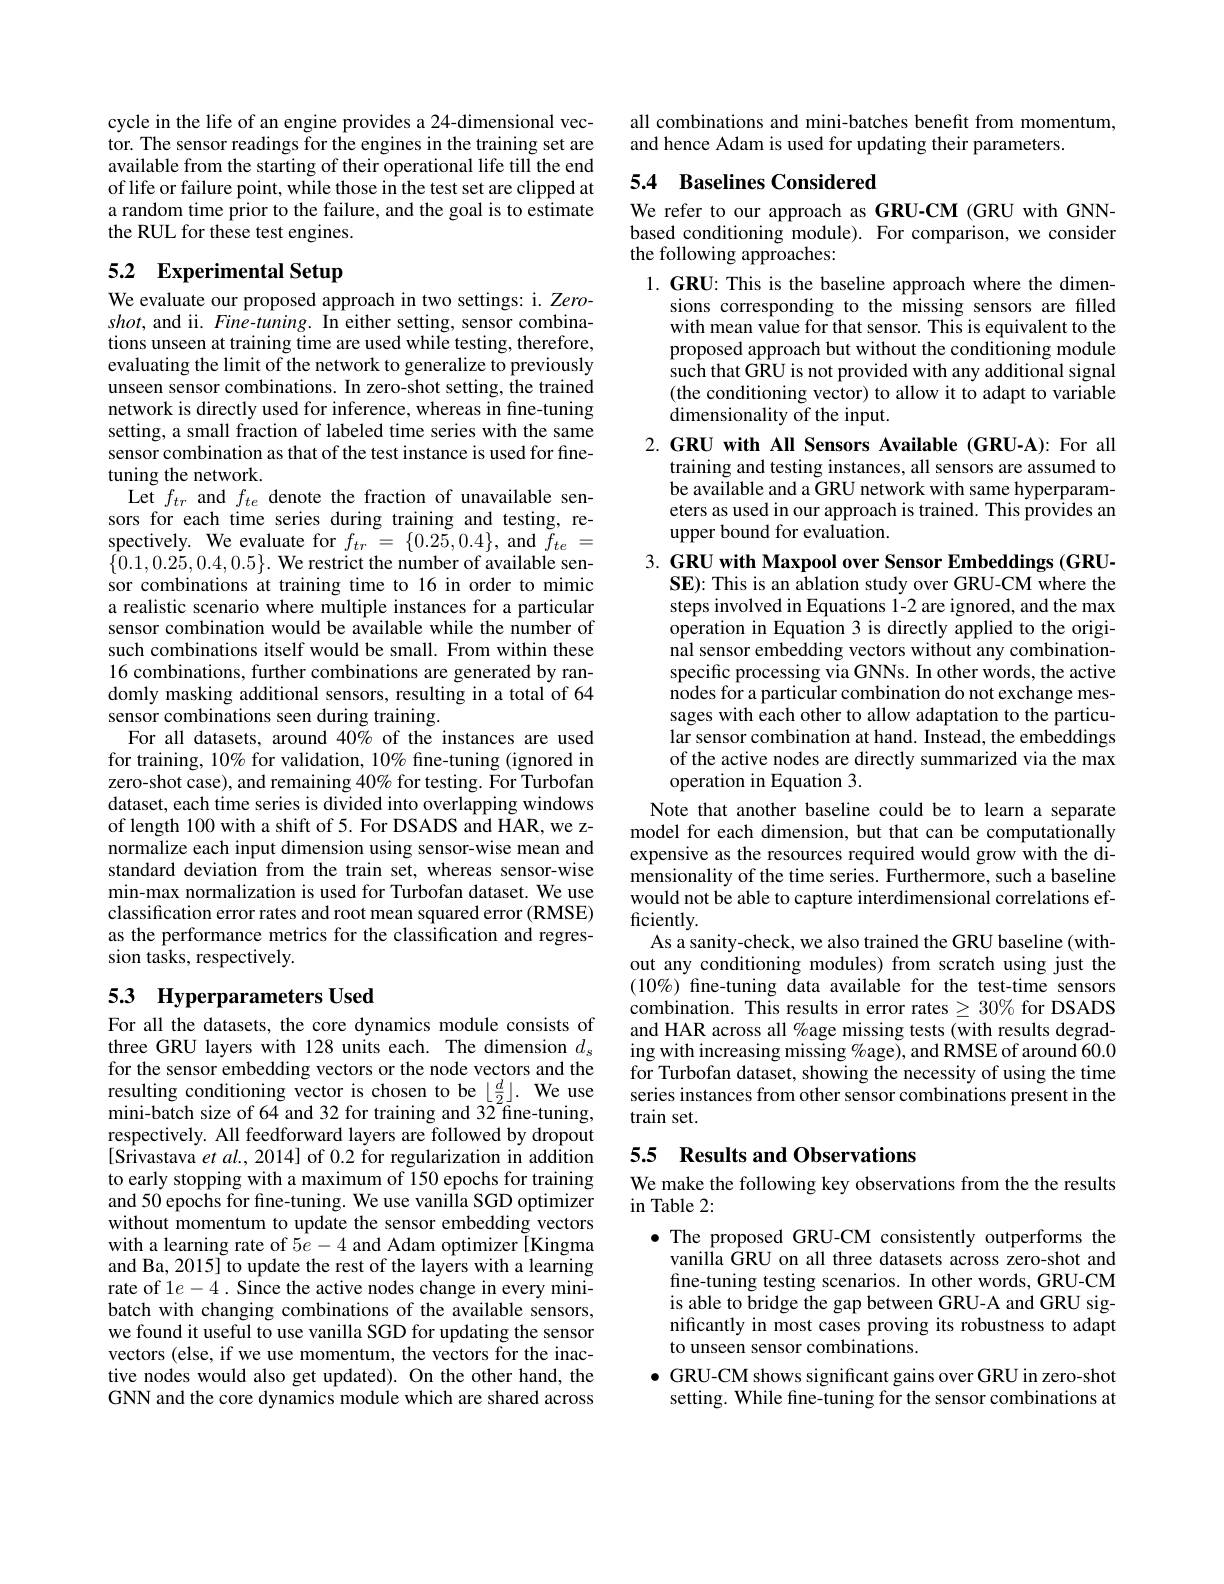
cycle in the life of an engine provides a 24-dimensional vector. The sensor readings for the engines in the training set are available from the starting of their operational life till the end of life or failure point, while those in the test set are clipped at a random time prior to the failure, and the goal is to estimate the RUL for these test engines.

# 5.2 Experimental Setup

We evaluate our proposed approach in two settings: i. Zero- $shot$, and ii. $Fine-tuning.$ In either setting, sensor combinations unseen at training time are used while testing, therefore, evaluating the limit of the network to generalize to previously unseen sensor combinations. In zero-shot setting, the trained network is directly used for inference, whereas in fine-tuning setting, a small fraction of labeled time series with the same sensor combination as that of the test instance is used for finetuning the network.
Let $f_{tr}$ and $f_{te}$ denote the fraction of unavailable sensors for each time series during training and testing, respectively. We evaluate for $f_{tr}=\{0.25,0.4\}$, and $f_{te}=$ $\{0.1,0.25,0.4,0.5\}.$ We restrict the number of available sensor combinations at training time to 16 in order to mimic a realistic scenario where multiple instances for a particular sensor combination would be available while the number of such combinations itself would be small. From within these 16 combinations, further combinations are generated by randomly masking additional sensors, resulting in a total of 64 sensor combinations seen during training.
For all datasets, around 40% of the instances are used for training, 10% for validation, 10% fine-tuning (ignored in zero-shot case), and remaining 40% for testing. For Turbofan dataset, each time series is divided into overlapping windows of length 100 with a shift of 5. For DSADS and HAR, we znormalize each input dimension using sensor-wise mean and standard deviation from the train set, whereas sensor-wise min-max normalization is used for Turbofan dataset. We use classification error rates and root mean squared error (RMSE) as the performance metrics for the classification and regression tasks, respectively.

# 53 Hyperparameters Used

For all the datasets, the core dynamics module consists of three GRU layers with 128 units each. The dimension $d_s$ for the sensor embedding vectors or the node vectors and the $\begin{array}{l}\text{resulting conditioning vector is chosen to be }\lfloor\frac{d}{2}\rfloor.&\mathrm{We~use}\\\text{mini-batch size of 64 and 32 for training and 32 fine-tuning,}\end{array}$ respectively. All feedforward layers are followed by dropout [Srivastava $et\textit{al. , 2014] of 0. 2 for regularization in addition}$ to early stopping with a maximum of 150 epochs for training and 50 epochs for fine-tuning. We use vanilla SGD optimizer without momentum to update the sensor embedding vectors with a learning rate of $5e-4$ and Adam optimizer[Kingma and Ba, 2015] to update the rest of the layers with a learning rate of $1e-4.$ Since the active nodes change in every minibatch with changing combinations of the available sensors, we found it useful to use vanilla SGD for updating the sensor vectors (else, if we use momentum, the vectors for the inactive nodes would also get updated). On the other hand, the GNN and the core dynamics module which are shared across

all combinations and mini-batches benefit from momentum,
and hence Adam is used for updating their parameters.

## 5.4 Baselines Considered

We refer to our approach as GRU-CM (GRU with GNNbased conditioning module). For comparison, we consider the following approaches:

1. GRU: This is the baseline approach where the dimen-
sions corresponding to the missing sensors are filled with mean value for that sensor. This is equivalent to the proposed approach but without the conditioning module such that GRU is not provided with any additional signal (the conditioning vector) to allow it to adapt to variable dimensionality of the input.

2.GRU with All Sensors Available (GRU-A): For all
training and testing instances, all sensors are assumed to be available and a GRU network with same hyperparameters as used in our approach is trained. This provides an upper bound for evaluation.

3. GRU with Maxpool over Sensor Embeddings (GRU-

SE): This is an ablation study over GRU-CM where the

steps involved in Equations 1-2 are ignored, and the max

operation in Equation 3 is directly applied to the origi-

nal sensor embedding vectors without any combination-

specific processing via GNNs. In other words, the active

nodes for a particular combination do not exchange mes-

sages with each other to allow adaptation to the particu-

lar sensor combination at hand. Instead, the embeddings

of the active nodes are directly summarized via the max

operation in Equation 3.
Note that another baseline could be to learn a separate model for each dimension, but that can be computationally expensive as the resources required would grow with the dimensionality of the time series. Furthermore, such a baseline would not be able to capture interdimensional correlations efficiently.
As a sanity-check, we also trained the GRU baseline (without any conditioning modules) from scratch using just the (10%) fine-tuning data available for the test-time sensors combination. This results in error rates $\geq30\%$ for DSADS and HAR across all %age missing tests (with results degrading with increasing missing %age), and RMSE of around 60.0 for Turbofan dataset, showing the necessity of using the time series instances from other sensor combinations present in the train set.

## 5.5 Results and Observations

We make the following key observations from the the results
$\operatorname{in}$ Table 2:

$\bullet$ The proposed GRU-CM consistently outperforms the
vanilla GRU on all three datasets across zero-shot and fine-tuning testing scenarios. In other words, GRU-CM is able to bridge the gap between GRU-A and GRU significantly in most cases proving its robustness to adapt to unseen sensor combinations.
$\bullet$ GRU-CM shows significant gains over GRU in zero-shot
setting. While fine-tuning for the sensor combinations at